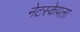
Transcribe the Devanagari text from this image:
नेटस्केपला